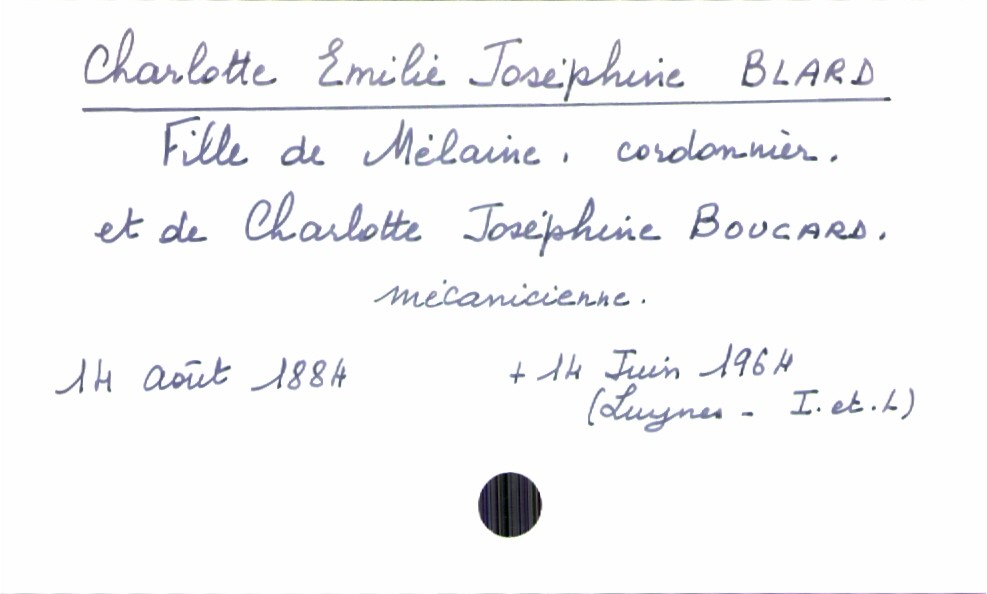
type_acte: Baptême
filiation: fille
enfant_prénom: Charlotte Emilie Joséphine
enfant_date_de_naissance: 14 août 1884
enfant_date_de_décès: 14 juin 1964
enfant_lieu_de_décès: Luynes (Indre-et-Loire)
père_enfant_nom: Blard
père_enfant_prénom: Mélaine
père_enfant_profession: cordonnier
mère_enfant_nom: Boucard
mère_enfant_prénom: Charlotte Joséphine
mère_enfant_profession: mécanicienne